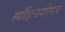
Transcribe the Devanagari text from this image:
स्पाँडिलायटिसचे